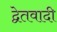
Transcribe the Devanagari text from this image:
द्वेतवादी